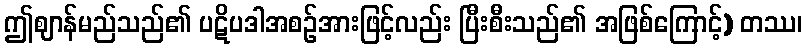
ဤဈာန်မည်သည်၏ ပဋိပဒါအစဉ်အားဖြင့်လည်း ပြီးစီးသည်၏ အဖြစ်ကြောင့်) တဿ၊